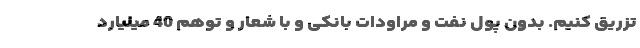
تزریق کنیم. بدون پول نفت و مراودات بانکی و با شعار و توهّم 40 میلیارد